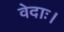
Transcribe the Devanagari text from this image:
वेदाः।